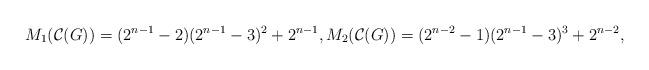
LaTeX: \begin{align*}M_{1}(\mathcal{C}(G)) = (2^{n-1}-2)(2^{n-1}-3)^{2} + 2^{n-1}, M_{2}(\mathcal{C}(G))= (2^{n-2}-1)(2^{n-1}-3)^{3} + 2^{n-2},\end{align*}